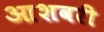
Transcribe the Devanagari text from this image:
आशवरी